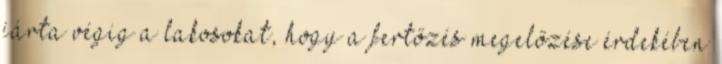
járta végig a lakosokat, hogy a fertőzés megelőzése érdekében